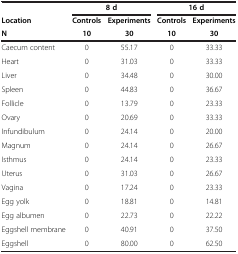
<table><thead><tr><td><b> </b></td><td colspan="2"><b>8 d</b></td><td colspan="2"><b>16 d</b></td></tr><tr><td><b>Location</b></td><td><b>Controls</b></td><td><b>Experiments</b></td><td><b>Controls</b></td><td><b>Experiments</b></td></tr><tr><td><b>N</b></td><td><b>10</b></td><td><b>30</b></td><td><b>10</b></td><td><b>30</b></td></tr></thead><tbody><tr><td>Caecum content</td><td>0</td><td>55.17</td><td>0</td><td>33.33</td></tr><tr><td>Heart</td><td>0</td><td>31.03</td><td>0</td><td>33.33</td></tr><tr><td>Liver</td><td>0</td><td>34.48</td><td>0</td><td>30.00</td></tr><tr><td>Spleen</td><td>0</td><td>44.83</td><td>0</td><td>36.67</td></tr><tr><td>Follicle</td><td>0</td><td>13.79</td><td>0</td><td>23.33</td></tr><tr><td>Ovary</td><td>0</td><td>20.69</td><td>0</td><td>33.33</td></tr><tr><td>Infundibulum</td><td>0</td><td>24.14</td><td>0</td><td>20.00</td></tr><tr><td>Magnum</td><td>0</td><td>24.14</td><td>0</td><td>26.67</td></tr><tr><td>Isthmus</td><td>0</td><td>24.14</td><td>0</td><td>23.33</td></tr><tr><td>Uterus</td><td>0</td><td>31.03</td><td>0</td><td>26.67</td></tr><tr><td>Vagina</td><td>0</td><td>17.24</td><td>0</td><td>23.33</td></tr><tr><td>Egg yolk</td><td>0</td><td>18.81</td><td>0</td><td>14.81</td></tr><tr><td>Egg albumen</td><td>0</td><td>22.73</td><td>0</td><td>22.22</td></tr><tr><td>Eggshell membrane</td><td>0</td><td>40.91</td><td>0</td><td>37.50</td></tr><tr><td>Eggshell</td><td>0</td><td>80.00</td><td>0</td><td>62.50</td></tr></tbody></table>